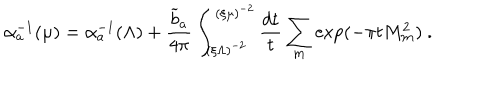
\alpha _ { a } ^ { - 1 } ( \mu ) = \alpha _ { a } ^ { - 1 } ( \Lambda ) + { \frac { { \widetilde b } _ { a } } { 4 \pi } } \int _ { ( \xi \Lambda ) ^ { - 2 } } ^ { ( \xi \mu ) ^ { - 2 } } { \frac { d t } { t } } \sum _ { { \bf m } } \exp ( - \pi t M _ { \bf m } ^ { 2 } ) ~ .